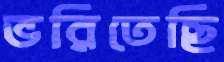
ভরিতেছি